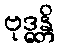
ဗုဒ္ဓန္တိ